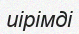
иірімді